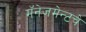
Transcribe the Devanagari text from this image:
मॅनेजमेन्टचे